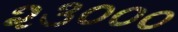
૨૩૦૦૦